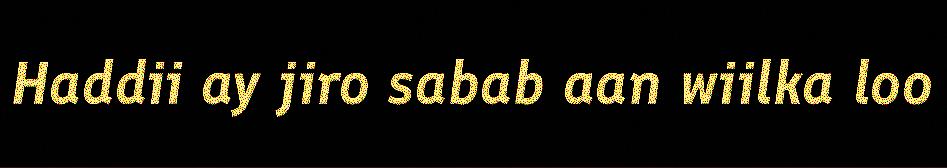
Haddii ay jiro sabab aan wiilka loo